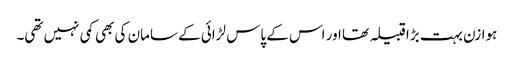
ہوازن بہت بڑا قبیلہ تھا اور اس کے پاس لڑائی کے سامان کی بھی کمی نہیں تھی۔